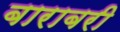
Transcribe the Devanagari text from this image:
बाराबरी